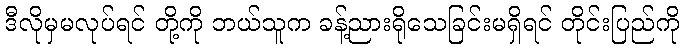
ဒီလိုမှမလုပ်ရင် တို့ကို ဘယ်သူက ခန့်ညားရိုသေခြင်းမရှိရင် တိုင်းပြည်ကို